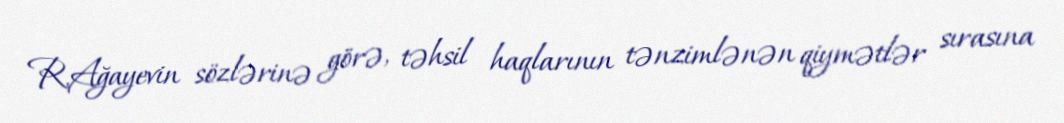
R.Ağayevin sözlərinə görə, təhsil haqlarının tənzimlənən qiymətlər sırasına